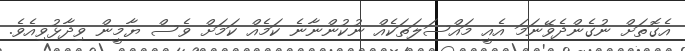
އެގޮތަށް ނުގެންދެވޭނަމަ އެއީ މައްސަލަތަކެއް ނުކުންނާނެ ކަމެއް ކަމަށް ވެސް ޔާމީން ވިދާޅުވިއެވެ.